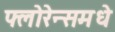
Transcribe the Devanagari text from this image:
फ्लोरेन्समधे